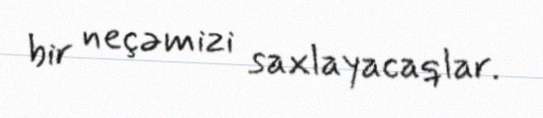
bir neçəmizi saxlayacaqlar.